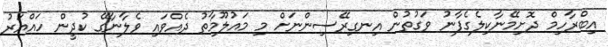
އިބްރާހިމް ދޮށިމޭނާކިލެގެފާނު ވަގުތުން އިނގިރޭސިންނަށް މި މައުލޫމާތު ދެއްވައި ވެލާނާގޭ ކުދީން ހައްޔަރު